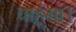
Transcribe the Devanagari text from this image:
चाहूंगा।